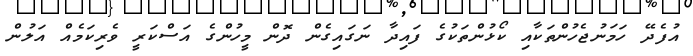
އުފެދޭ ހަމަނުޖެހުންތަކާއި ކޯޅުންތަކުގެ ފައިދާ ނަގައިގެން ދޮން މީހުންގެ އަސްކަރީ ވެރިކަމެއް އަލުން